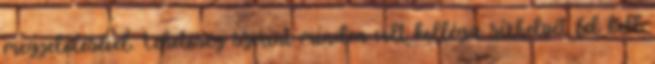
megjelölésével. Lehetőség szerint minden volt kolléga sírhelyét fel kell